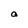
Character: a